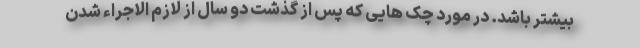
بیشتر باشد. در مورد چک هایی که پس از گذشت دو سال از لازم الاجراء شدن